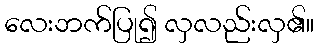
လေးဘက်ပြု၍ လှလည်းလှ၏။